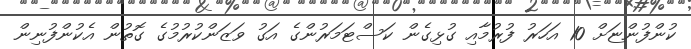
ކުންފުންޏަށް 10 އަހަރު ފުރުމާއި ގުޅިގެން ކަސްޓަމަރުންގެ އަގު ވަޒަންކުރުމުގެ ގޮތުން އެކުންފުނިން